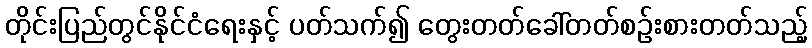
တိုင်းပြည်တွင်နိုင်ငံရေးနှင့် ပတ်သက်၍ တွေးတတ်ခေါ်တတ်စဉ်းစားတတ်သည့်